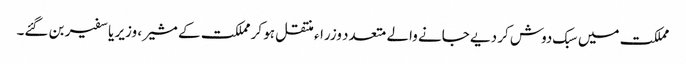
مملکت میں سبک دوش کر دیے جانے والے متعدد وزراء منتقل ہو کر مملکت کے مشیر ، وزیر یا سفیر بن گئے۔